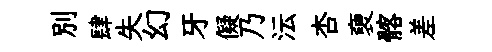
别肆失幻牙儗乃沄杏褏髂差